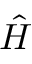
\hat { H }